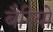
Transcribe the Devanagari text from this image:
बैरियो